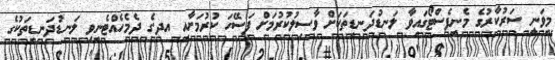
މިވަނީ ސަރުކާރުގެ މެނިފެސްޓޯގައިވާ ލަނޑުދަނޑިތަކަށް ވާސިލުކުރުމަށް ފަސޭހަ ކުރުމަށާއި އދ.ގެ ދެމެހެއްޓެނިވި ލަނޑުދަނޑިތަކުގެ